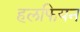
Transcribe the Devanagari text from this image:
हलफियन